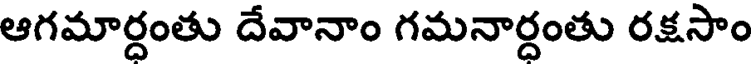
ఆగమార్దంతు దేవానాం గమనార్దంతు రక్షసాం